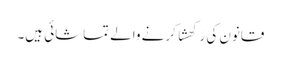
قانون کی رَکھشا کرنے والے تماشائی ہیں۔